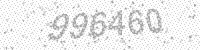
Solution: 996460